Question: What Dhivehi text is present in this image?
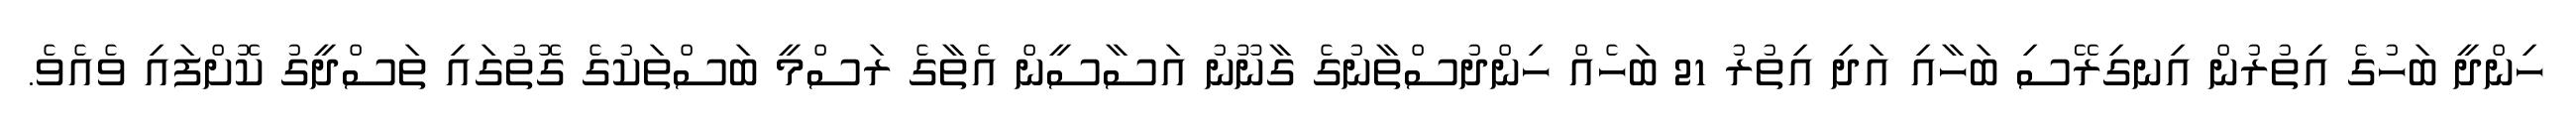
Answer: ހިންދީ ބަހުގެ އިތުރުން އިނގިރޭސި ބަހާއި އަދި އިތުރު 21 ބަހެއް ހިންދުސްތާނުގެ ގާނޫނު އަސާސީން އެތާގެ ރަސްމީ ބަސްތަކުގެ ގޮތުގައި ތަސްދީގު ކޮށްފައި ވެއެވެ.